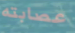
عصابته